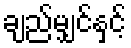
ချည်မျှင်နှင့်